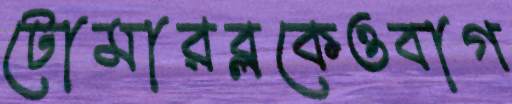
টোমারব্লকেওবাগ